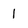
Character: 1